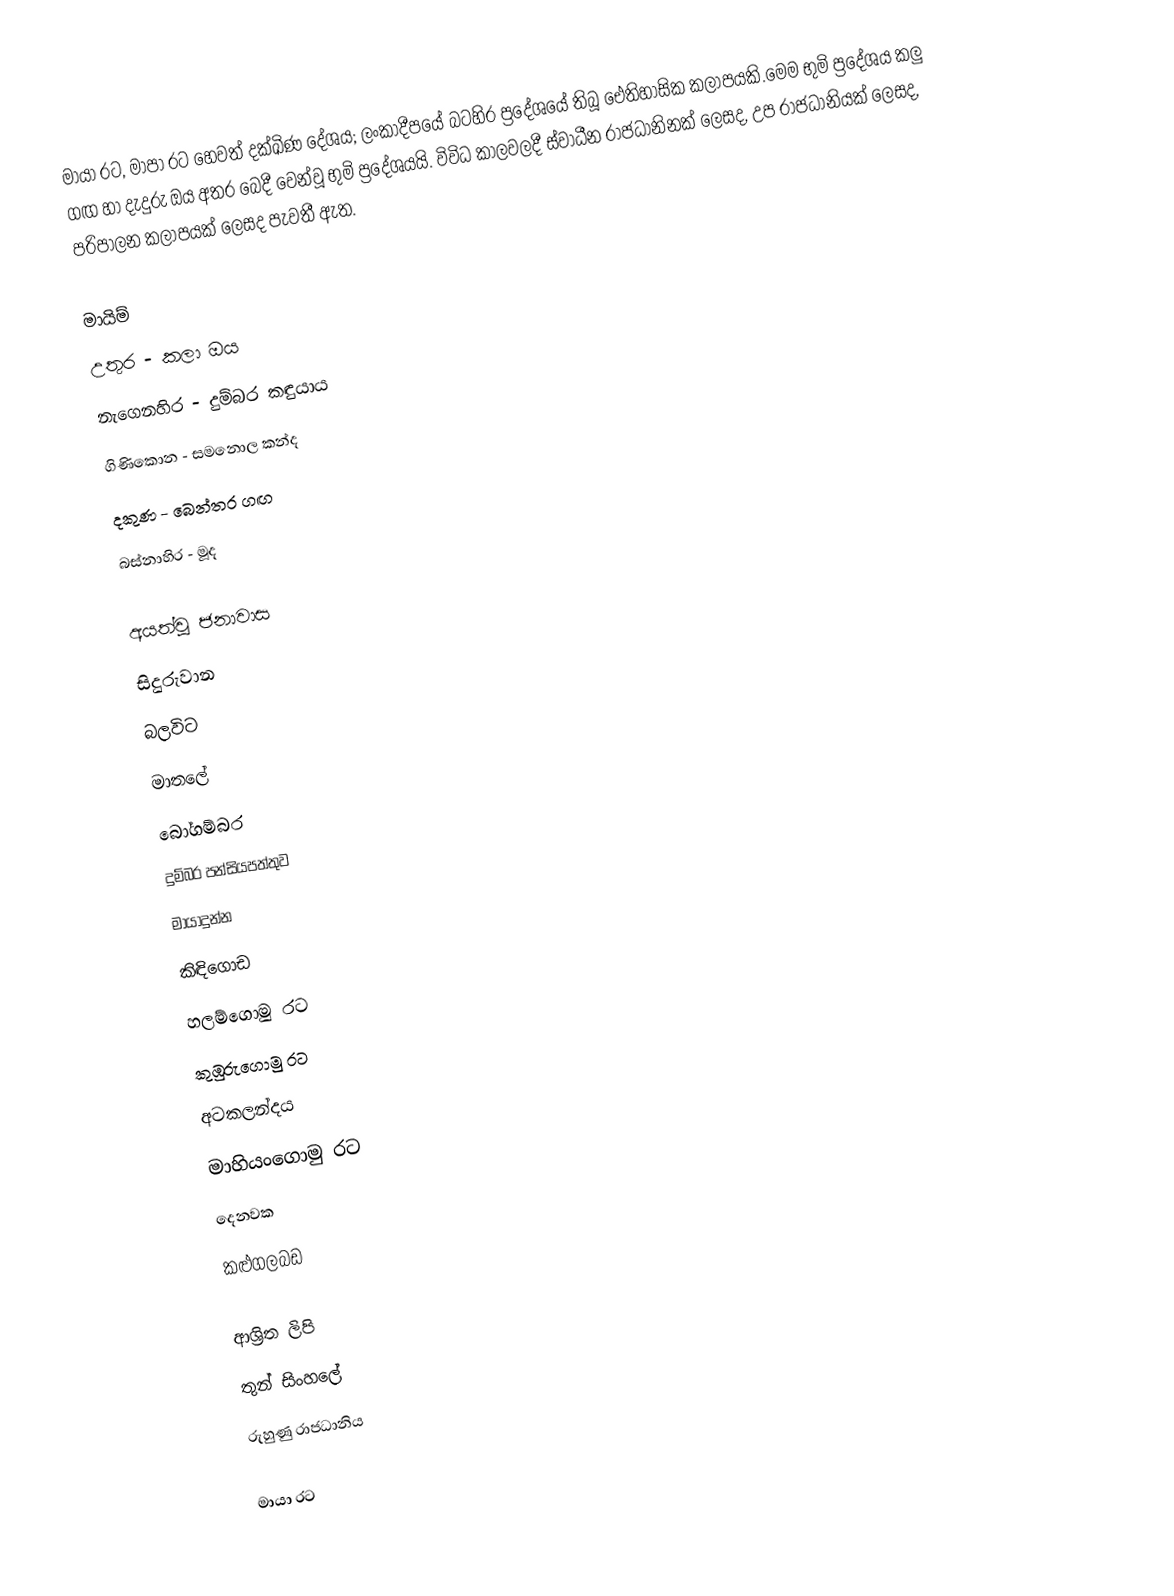
මායා රට, මාපා රට හෙවත් දක්ඛිණ දේශය; ලංකාදීපයේ බටහිර ප්‍රදේශයේ තිබූ ඓතිහාසික කලාපයකි.මෙම භුමි ප්‍රදේශය කලු ගඟ  හා දැදුරු ඔය අතර බෙදී වෙන්වූ  භුමි ප්‍රදේශයයි. විවිධ කාලවලදී ස්වාධීන රාජධානිනක් ලෙසද, උප රාජධානියක් ලෙසද, පරිපාලන කලාපයක් ලෙසද පැවතී ඇත.

මායිම්
 උතුර - කලා ඔය
 නැගෙනහිර - දුම්බර කඳුයාය
 ගිණිකොන - සමනොල කන්ද
 දකුණ - බෙන්තර ගඟ
 බස්නාහිර - මූද

අයත්වූ ජනාවාස
 සිදුරුවාන
 බලවිට
 මාතලේ
 බෝගම්බර
 දුම්බර පන්සියපත්තුව
 මායාදුන්න
 කිඳිගොඩ
 හලම්ගොමු රට
 කුඹුරුගොමු රට
 අටකලන්දය
 මාහියංගොමු රට
 දෙනවක
 කළුගලබඩ

ආශ්‍රිත ලිපි
 තුන් සිංහලේ
 රුහුණු රාජධානිය

මායා රට